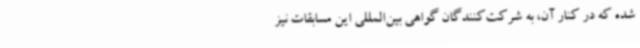
شده که در کنار آن، به شرکت‌کنندگان گواهی بین‌المللی این مسابقات نیز